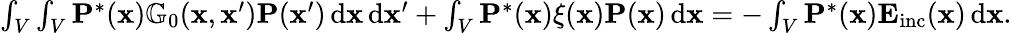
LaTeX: \begin{array}{r}{\int_{V}\int_{V}\mathbf{P}^{*}(\mathbf{x})\mathbb{G}_{0}(\mathbf{x},\mathbf{x}^{\prime})\mathbf{P}(\mathbf{x}^{\prime})\, \mathrm{d}\mathbf{x}\, \mathrm{d}\mathbf{x}^{\prime}+\int_{V}\mathbf{P}^{*}(\mathbf{x})\xi(\mathbf{x})\mathbf{P}(\mathbf{x})\, \mathrm{d}\mathbf{x}=-\int_{V}\mathbf{P}^{*}(\mathbf{x})\mathbf{E}_{\mathrm{inc}}(\mathbf{x})\, \mathrm{d}\mathbf{x}.}\end{array}